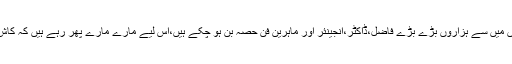
اس ہیپی ازم کا مسلمانوں میں سے ہزاروں بڑے بڑے فاضل،ڈاکٹر،انجینئر اور ماہرین فن حصہ بن ہو چکے ہیں،اس لیے مارے مارے پھر رہے ہیں کہ کاش کہیں سکون مل جائے۔